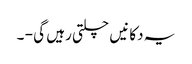
یہ دکانیں چلتی رہیں گی - ۔